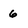
Character: 6